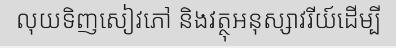
លុយទិញសៀវភៅ និងវត្ថុអនុស្សាវរីយ៍ដើម្បី